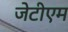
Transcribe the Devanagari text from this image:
जेटीएम